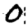
Digit: 0